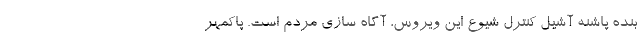
بنده پاشنه آشیل کنترل شیوع این ویروس، آگاه سازی مردم است. پاکمهر